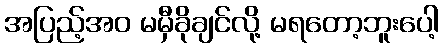
အပြည့်အဝ မမှီခိုချင်လို့ မရတော့ဘူးပေါ့